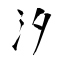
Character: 汐